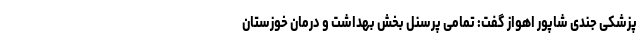
پزشکی جندی شاپور اهواز گفت: تمامی پرسنل بخش بهداشت و درمان خوزستان